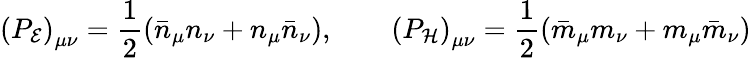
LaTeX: \left(P_{\cal E}\right)_{\mu\nu}=\frac{1}{2}\left(\bar{n}_{\mu}n_{\nu}+n_{\mu}\bar{n}_{\nu}\right),\qquad\left(P_{\cal H}\right)_{\mu\nu}=\frac{1}{2}\left(\bar{m}_{\mu}m_{\nu}+m_{\mu}\bar{m}_{\nu}\right)